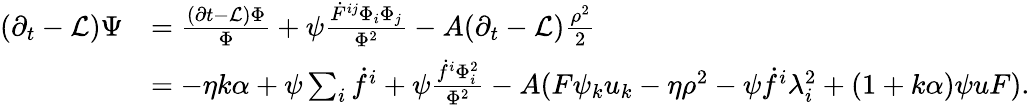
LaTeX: \begin{array}{rl}{(\partial_{t}-\mathcal{L})\Psi}&{=\frac{(\partial t-\mathcal{L})\Phi}{\Phi}+\psi\frac{\dot{F}^{ij}\Phi_{i}\Phi_{j}}{\Phi^{2}}-A(\partial_{t}-\mathcal{L})\frac{\rho^{2}}{2}}\\ &{=-\eta k\alpha+\psi\sum_{i}\dot{f}^{i}+\psi\frac{\dot{f}^{i}\Phi_{i}^{2}}{\Phi^{2}}-A(F\psi_{k}u_{k}-\eta\rho^{2}-\psi\dot{f}^{i}\lambda_{i}^{2}+(1+k\alpha)\psi uF).}\end{array}